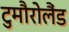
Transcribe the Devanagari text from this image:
टुमौरोलैंड